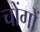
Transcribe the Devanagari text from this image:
चोंगों